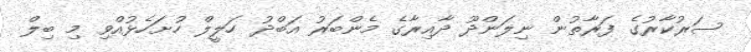
ސަރުކާރުގެ ފަރާތުން ނިލަންދޫ ދާއިރާގެ މެންބަރު އަބްދު ހަލީލް ހުށަހެޅުއްވި މި ބިލް